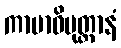
ကာမာဓိမုတ္တာနံ